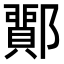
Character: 𨞵